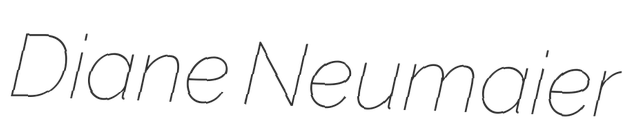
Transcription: Diane Neumaier